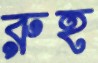
রুহ